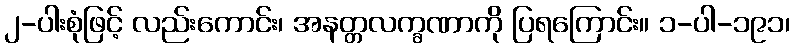
၂-ပါးစုံဖြင့် လည်းကောင်း၊ အနတ္တလက္ခဏာကို ပြရကြောင်း။ ၁-ပါ-၁၉၁၊